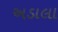
અડાલા